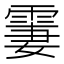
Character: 霋